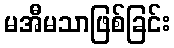
မအီမသာဖြစ်ခြင်း